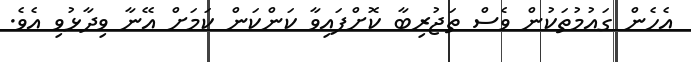
އެހެން ގައުމުތަކުން ވެސް ތަޖުރިބާ ކޮށްފައިވާ ކަންކަން ކަމަށް އޭނާ ވިދާޅުވި އެވެ.